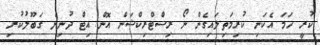
ކުރީ ހަމަ އެކަނި ކުރިމަތިލައިގެން ނޯ ރިސްޓްރިކްޝަން އޮން އިޓް ދުނިޔެ ގަބޫލުކުރި